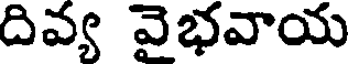
దివ్య వైభవాయ